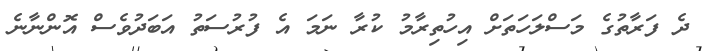
ދެ ފަރާތުގެ މަސްލަހަތަށް އިހުތިރާމު ކުރާ ނަމަ އެ ފުރުސަތު އަބަދުވެސް އޮންނާނެ